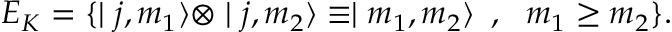
{ \cal E } _ { K } = \{ \mid j , m _ { 1 } \rangle \otimes \mid j , m _ { 2 } \rangle \equiv \mid m _ { 1 } , m _ { 2 } \rangle \, \, \, , \, \, \, \, m _ { 1 } \geq m _ { 2 } \} .